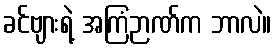
ခင်ဗျားရဲ့ အကြံဉာဏ်က ဘာလဲ။